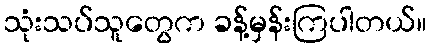
သုံးသပ်သူတွေက ခန့်မှန်းကြပါတယ်။